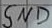
Text: GND